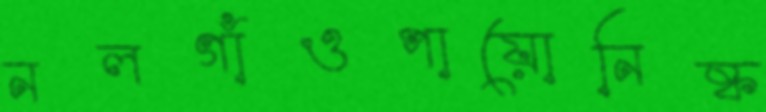
নলগাঁওপায়োনিষ্ক